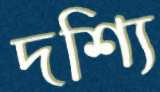
দশ্যি